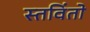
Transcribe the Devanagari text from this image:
स्तविंतो